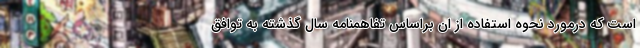
است که درمورد نحوه استفاده از ان براساس تفاهمنامه سال گذشته به توافق